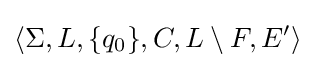
\langle \Sigma ,L,\{q_{0}\},C,L\setminus F,E'\rangle